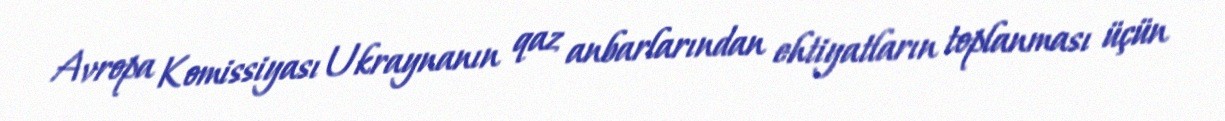
Avropa Komissiyası Ukraynanın qaz anbarlarından ehtiyatların toplanması üçün